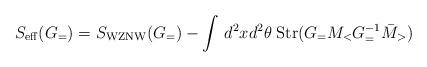
LaTeX: \begin{align*}S_{\rm eff}(G_=)=S_{\rm WZNW}(G_=)-\int\,d^2xd^2\theta\;{\rm Str} (G_=M_<G^{-1}_=\bar{M}_>)\end{align*}